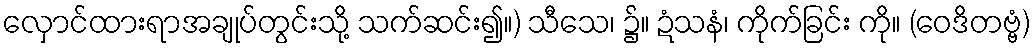
လှောင်ထားရာအချုပ်တွင်းသို့ သက်ဆင်း၍။) သီသေ၊ ၌။ ဍံသနံ၊ ကိုက်ခြင်း ကို။ (ဝေဒိတဗ္ဗံ)